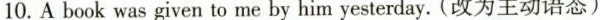
10. A book was given to me by him yesterday. (改为主动语态)